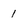
Character: I